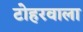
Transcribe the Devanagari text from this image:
टोहरवाला